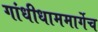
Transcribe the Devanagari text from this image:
गांधीधाममार्गेच